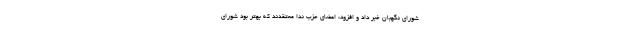
شورای نگهبان خبر داد و افزود: اعضای حزب ندا معتقدند که بهتر بود شورای